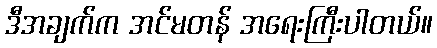
ဒီအချက်က အင်မတန် အရေးကြီးပါတယ်။